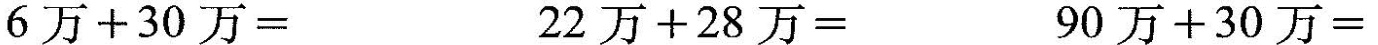
6万+30万=22万+28万=90万+30万=